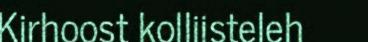
Kirhoost kolliisteleh